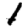
Digit: 1